Cholera in India, 1862 to 1881
Year: 1862
Disease focus: Cholera
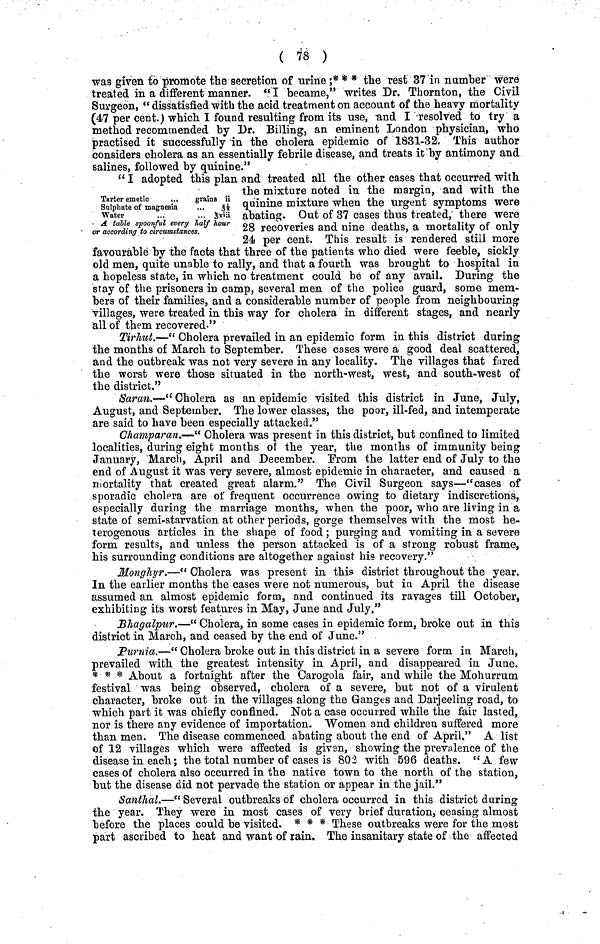
( 78 )
was given to promote the secretion of urine ;* * * the rest 37 in number were
treated in a different manner. " I became," writes Dr. Thornton, the Civil
Surgeon, " dissatisfied with the acid treatment on account of the heavy mortality
(47 per cent.) which I found resulting from its use, and I resolved to try a
method recommended by Dr, Billing, an eminent London physician, who
practised it successfully in the cholera epidemic of 1831-32. This author
considers cholera as an essentially febrile disease, and treats it by antimony and
salines, followed by quinine."
Tarter emetic
Sulphate of magnesia
Water
grains
...
ii
3 1/2
3 viii
A table spoonful every half hour
or according to circumstances.
" I adopted this plan and treated all the other cases that occurred with
the mixture noted in the margin, and with the
quinine mixture when the urgent symptoms were
abating. Out of 37 cases thus treated, there were
28 recoveries and nine deaths, a mortality of only
24 per cent. This result is rendered still more
favourable by the facts that three of the patients who died were feeble, sickly
old men, quite unable to rally, and that a fourth was brought to hospital in
a hopeless state, in which no treatment could be of any avail. During the
stay of the prisoners in camp, several men of the police guard, some mem-
bers of their families, and a considerable number of people from neighbouring
villages, were treated in this way for cholera in different stages, and nearly
all of them recovered."
Tirhut.—" Cholera prevailed in an epidemic form in this district during
the months of March to September. These cases were a good deal scattered,
and the outbreak was not very severe in any locality. The villages that fared
the worst were those situated in the north-west, west, and south-west of
the district."
Saran.—" Cholera as an epidemic visited this district in June, July,
August, and September. The lower classes, the poor, ill-fed, and intemperate
are said to have been especially attacked."
Champaran.—" Cholera was present in this district, but confined to limited
localities, during eight months of the year, the months of immunity being
January, March, April and December. From the latter end of July to the
end of August it was very severe, almost epidemic in character, and caused a
mortality that created great alarm." The Civil Surgeon says—"cases of
sporadic cholera are of frequent occurrence owing to dietary indiscretions,
especially during the marriage months, when the poor, who are living in a
state of semi-starvation at other periods, gorge themselves with the most he-
terogenous articles in the shape of food; purging and vomiting in a severe
form results, and unless the person attacked is of a strong robust frame,
his surrounding conditions are altogether against his recovery."
Monghyr.—" Cholera was present in this district throughout the year.
In the earlier months the cases were not numerous, but in April the disease
assumed an almost epidemic form, and continued its ravages till October,
exhibiting its worst features in May, June and July."
Bhagalpur.—" Cholera, in some cases in epidemic form, broke out in this
district in March, and ceased by the end of June."
Purnia.—" Cholera broke out in this district in a severe form in March,
prevailed with the greatest intensity in April, and disappeared in June.
* * * About a fortnight after the Carogola fair, and while the Mohurrum
festival was being observed, cholera of a severe, but not of a virulent
character, broke out in the villages along the Ganges and Darjeeling road, to
which part it was chiefly confined. Not a case occurred while the fair lasted,
nor is there any evidence of importation. Women and children suffered more
than men. The disease commenced abating about the end of April," A list
of 12 villages which were affected is givan, showing the prevalence of the
disease in each; the total number of cases is 802 with 596 deaths. "A few
cases of cholera also occurred in the native town to the north of the station,
but the disease did not pervade the station or appear in the jail."
SanthaL—" Several outbreaks of cholera occurred in this district during
the year. They were in most cases of very brief duration, ceasing almost
before the places could be visited. * * * These outbreaks were for the most
part ascribed to heat and want of rain. The insanitary state of the affected